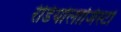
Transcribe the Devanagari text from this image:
रेडियोलाजिस्टों